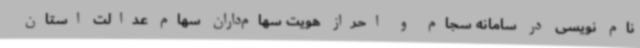
نام نویسی در سامانه سجام و احراز هویت سهام‌داران سهام عدالت استان